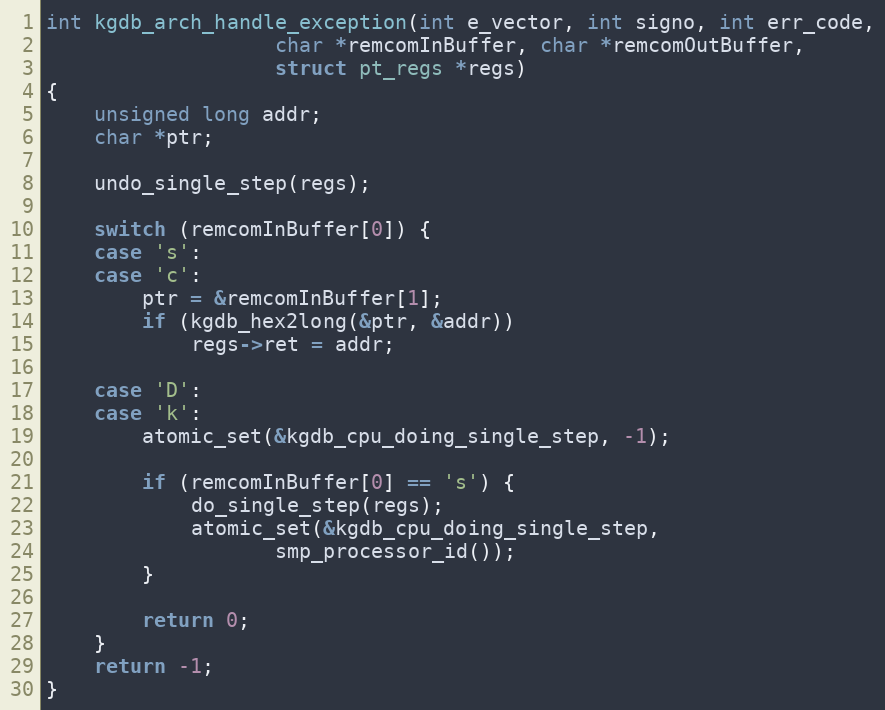
Language: C
int kgdb_arch_handle_exception(int e_vector, int signo, int err_code,
			       char *remcomInBuffer, char *remcomOutBuffer,
			       struct pt_regs *regs)
{
	unsigned long addr;
	char *ptr;

	undo_single_step(regs);

	switch (remcomInBuffer[0]) {
	case 's':
	case 'c':
		ptr = &remcomInBuffer[1];
		if (kgdb_hex2long(&ptr, &addr))
			regs->ret = addr;

	case 'D':
	case 'k':
		atomic_set(&kgdb_cpu_doing_single_step, -1);

		if (remcomInBuffer[0] == 's') {
			do_single_step(regs);
			atomic_set(&kgdb_cpu_doing_single_step,
				   smp_processor_id());
		}

		return 0;
	}
	return -1;
}